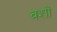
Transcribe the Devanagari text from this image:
वशों